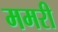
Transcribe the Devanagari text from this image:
ममरी